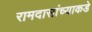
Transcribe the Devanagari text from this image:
रामदासांच्याकडे